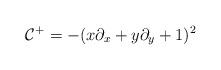
LaTeX: \begin{align*}\mathcal C^+=-(x\partial_x+y\partial_y+1)^2\end{align*}